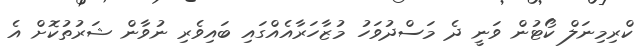
ކްރިމިނަލް ކޯޓުން ވަނީ ދެ މަސްދުވަހު މުޒާހަރާއެއްގައި ބައިވެރި ނުވާން ޝަރުތުކޮށް އެ